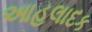
આહલાદક